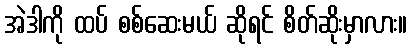
အဲဒါကို ထပ် စစ်ဆေးမယ် ဆိုရင် စိတ်ဆိုးမှာလား။